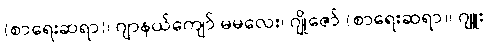
(စာရေးဆရာ)၊ ဂျာနယ်ကျော် မမလေး၊ ဂျိုဇော် (စာရေးဆရာ)၊ ဂျူး